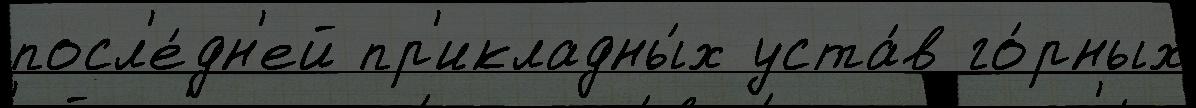
посл'е́дн'ей пр'икладны́х уста́в го́рных